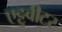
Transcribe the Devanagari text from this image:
एट्टुवीटर